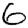
Digit: 6